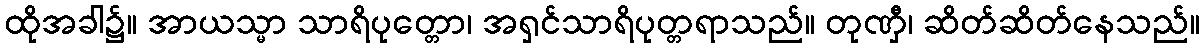
ထိုအခါ၌။ အာယသ္မာ သာရိပုတ္တော၊ အရှင်သာရိပုတ္တရာသည်။ တုဏှီ၊ ဆိတ်ဆိတ်နေသည်။